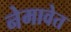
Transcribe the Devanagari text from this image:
नेमावेत